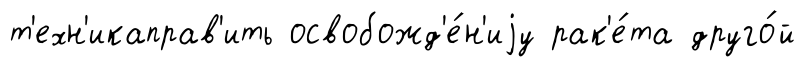
т'ехн'икаправ'ить освобожд'е́н'иjу рак'е́та друго́й